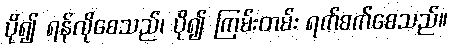
ပို၍ ရန်လိုစေသည်၊ ပို၍ ကြမ်းတမ်း ရက်စက်စေသည်။